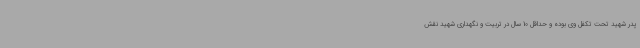
پدر شهید تحت تکفل وی بوده و حداقل 10 سال در تربیت و نگهداری شهید نقش